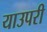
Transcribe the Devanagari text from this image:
याउपरी